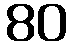
80